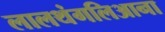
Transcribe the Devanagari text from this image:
लालथंगलिआना